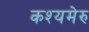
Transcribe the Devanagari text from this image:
कश्यमेरु